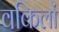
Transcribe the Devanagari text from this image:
वकिलों